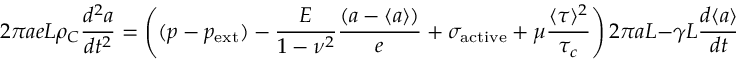
2 \pi a e L \rho _ { C } \frac { d ^ { 2 } a } { d t ^ { 2 } } = \left( ( p - p _ { \mathrm { e x t } } ) - \frac { E } { 1 - \nu ^ { 2 } } \frac { \left( a - \langle a \rangle \right) } { e } + \sigma _ { \mathrm { a c t i v e } } + \mu \frac { \langle \tau \rangle ^ { 2 } } { \tau _ { c } } \right) 2 \pi a L - \gamma L \frac { d \langle a \rangle } { d t } .